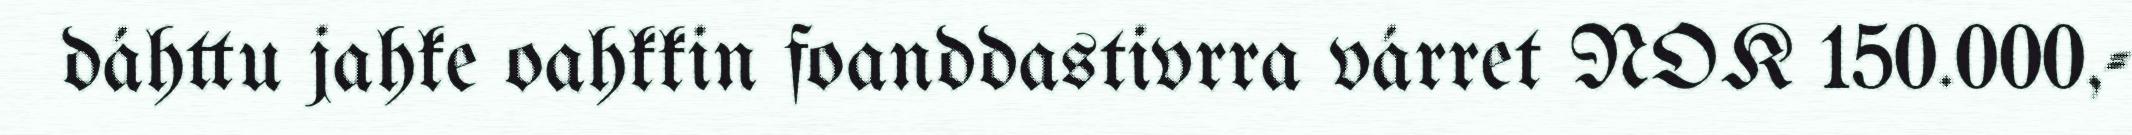
dáhttu jahke oahkkin foanddastivrra várret NOK 150.000,-